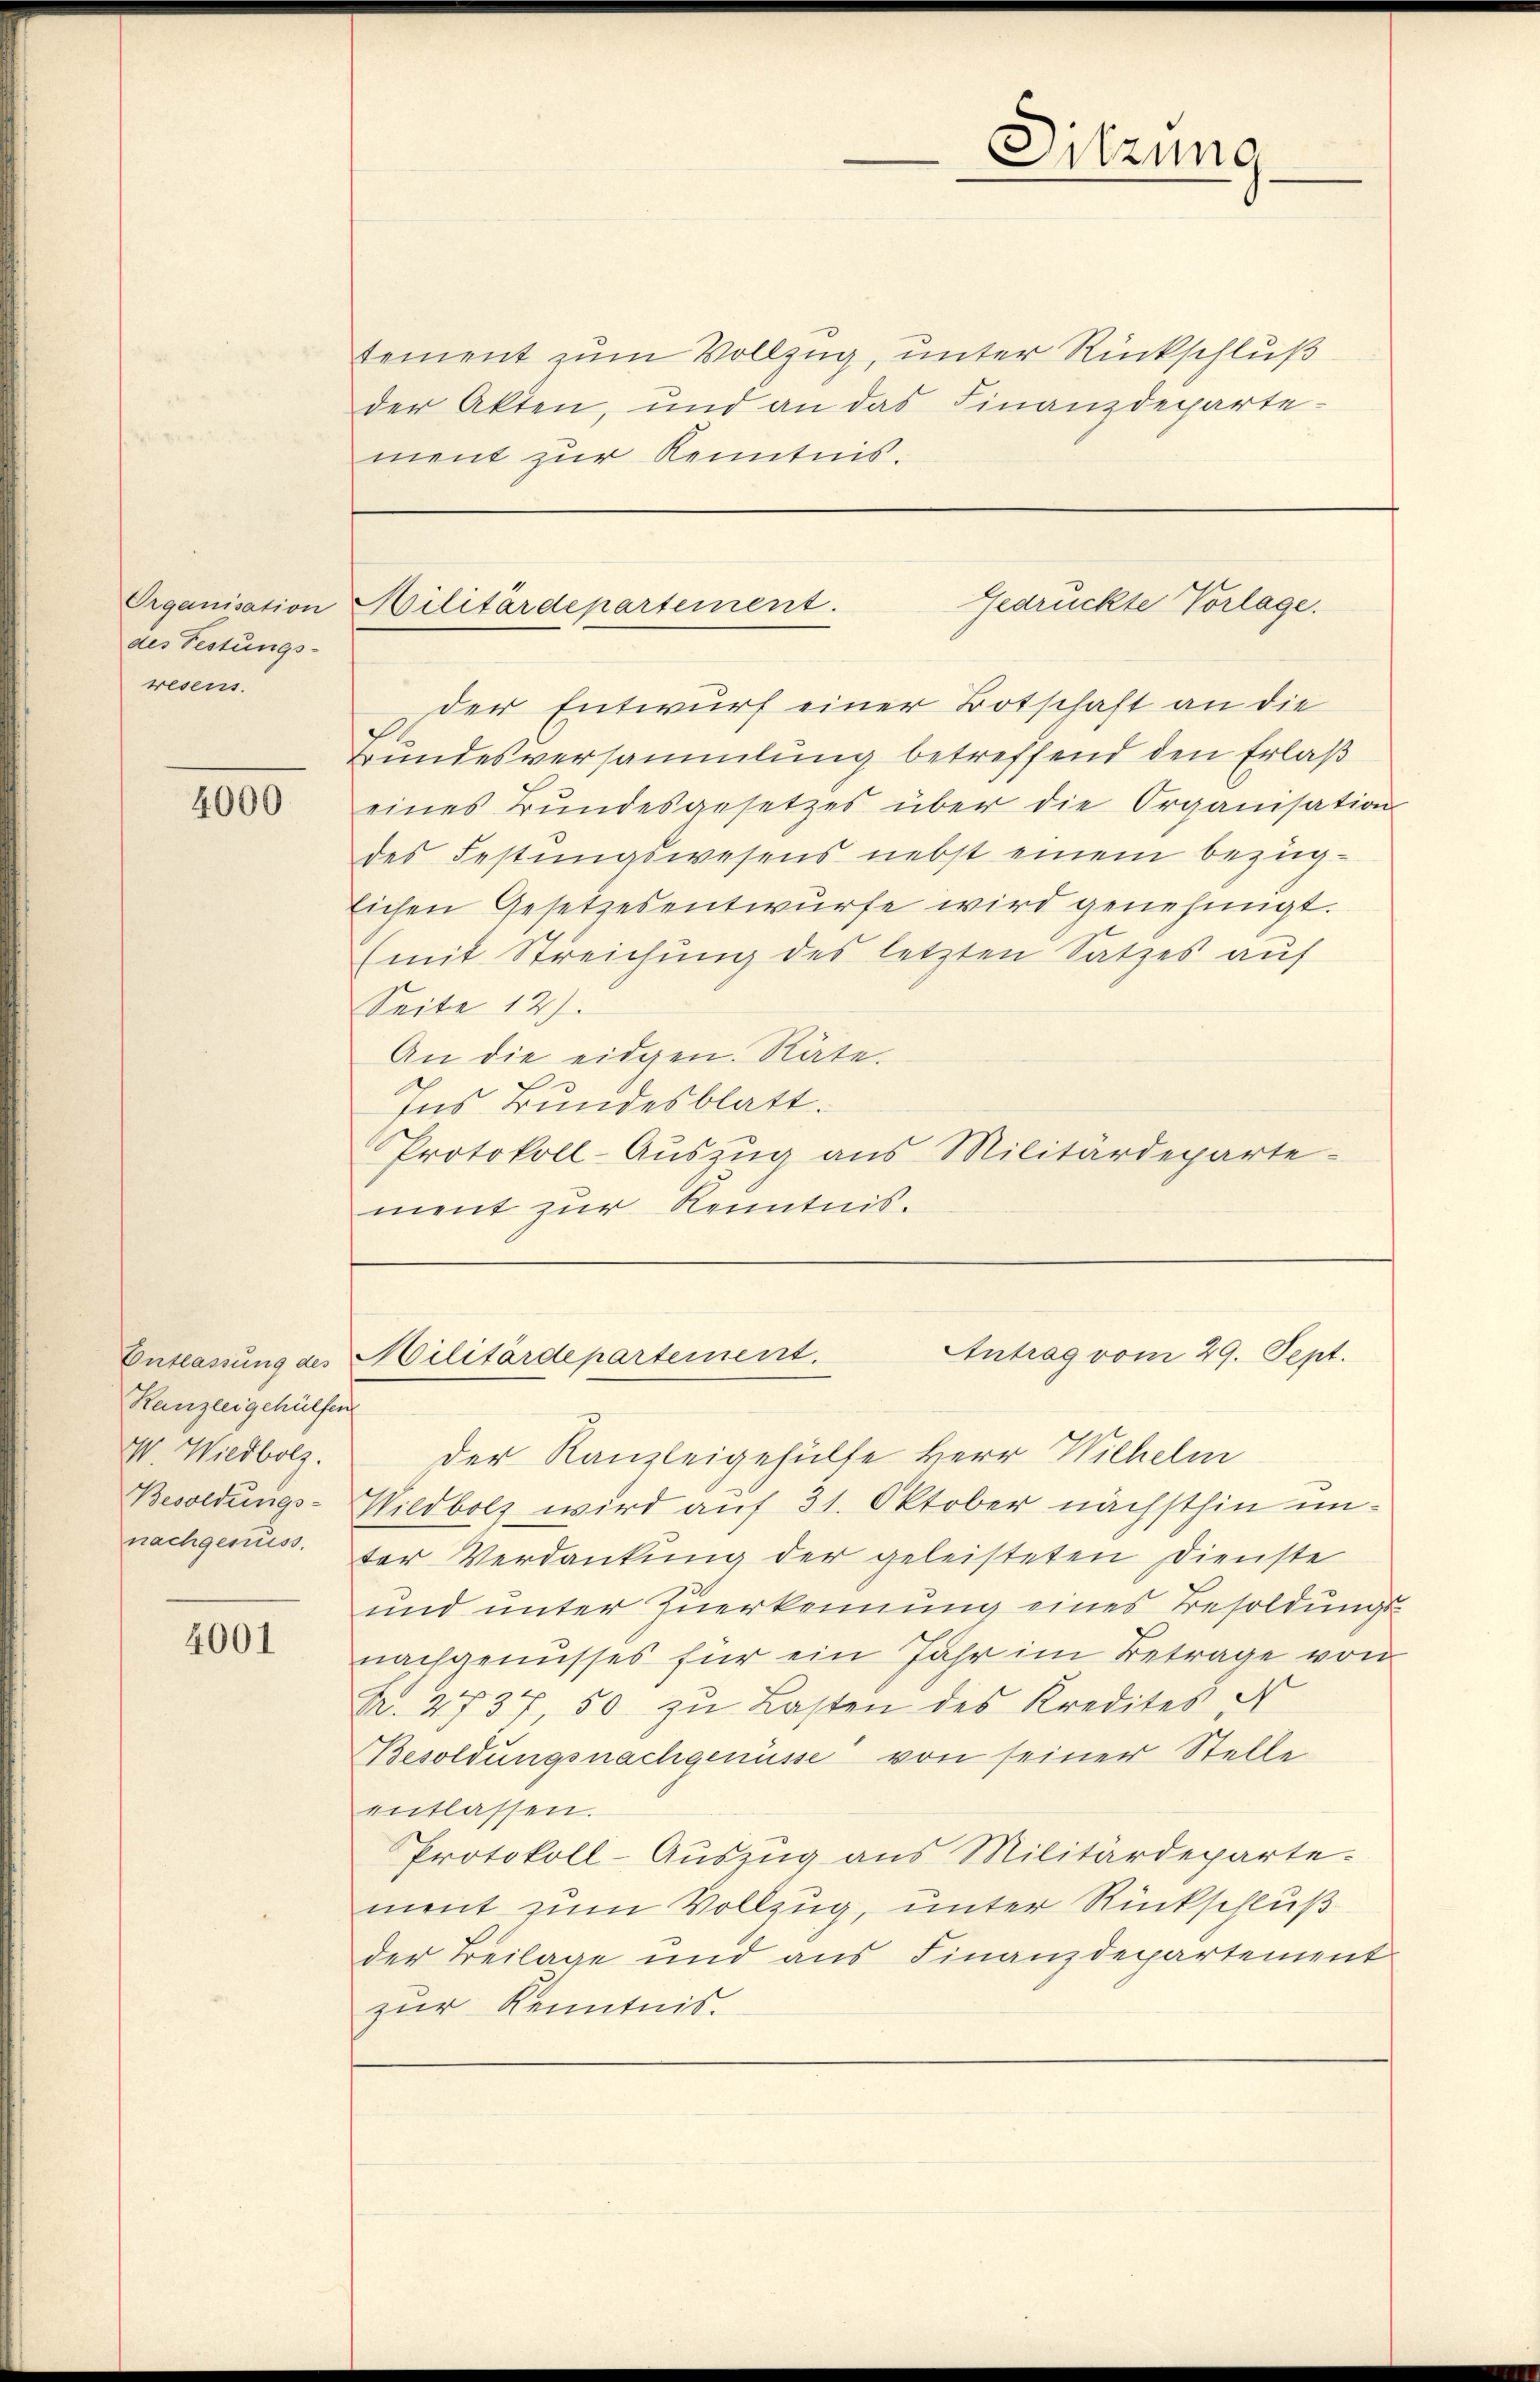
Organisation
des Festungs-
resens.

4000

Kanzleigehülfen
V. Wildbolz.
Besoldungs-
nachgenuss.

4001

tement zum Vollzug, unter Rückschluß
der Akten, und an das Finanzdepartement zur Kenntnis.

der Entwurf einer Botschaft an die
Bundesversammlung betreffend den Erlaß
eines Bundesgesetzes über die Organisation
des Festungswesens nebst einem bezüg-
lichen Gesetzesentwurfe wird genehmigt.
(mit Streichung des letzten Satzes auf
Seite 127.
An die eidgen. Räte.
Ins Bundesblatt.
Protokoll-Auszug aus Militärdepartement zur Kenntnis.

Der Kanzleigehülfe Herr Wilhelm
Wildbolz wird auf 31. Oktober nächsthin unter Verdankung der geleisteten Dienste
und unter Zuerkennung eines Besoldungsnachgenusses für ein Jahr im Betrage von
R. 2737, 50 zu Lasten des Kredites N
Besoldungsnachgenüsse von seiner Stelle
entlassen.
Protokoll-Auszug aus Militärdeparte.
ment zum Vollzug, unter Rückschluß
der Beilage und aus Finanzdepartement
zur Kenntnis.

Sitzung

Gedrückte Vorlage.
Militärdepartement.

Antrag vom 29. Sept.
Entlassung des Militärdepartement.